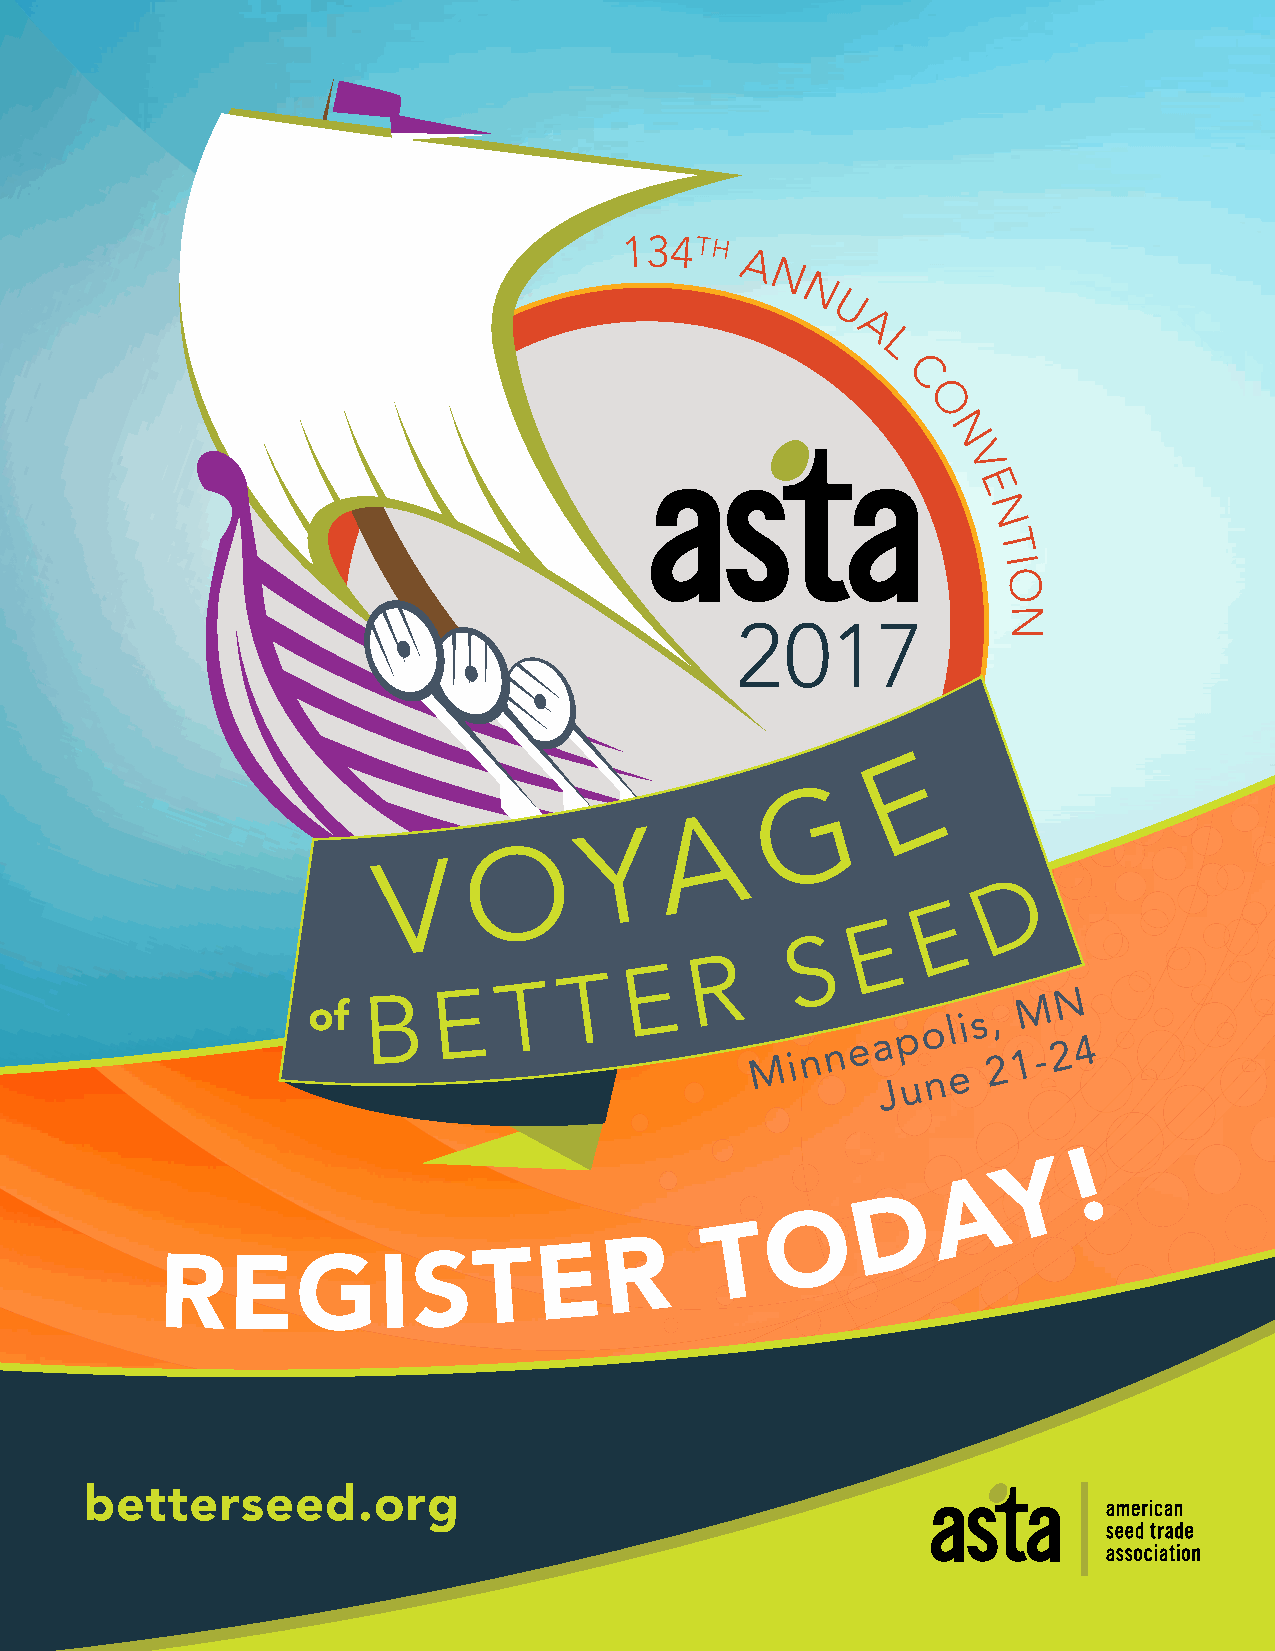
!
 Y
 A
 D
 O
 T
 R
 REGIS                 T   E
 betterseed.org